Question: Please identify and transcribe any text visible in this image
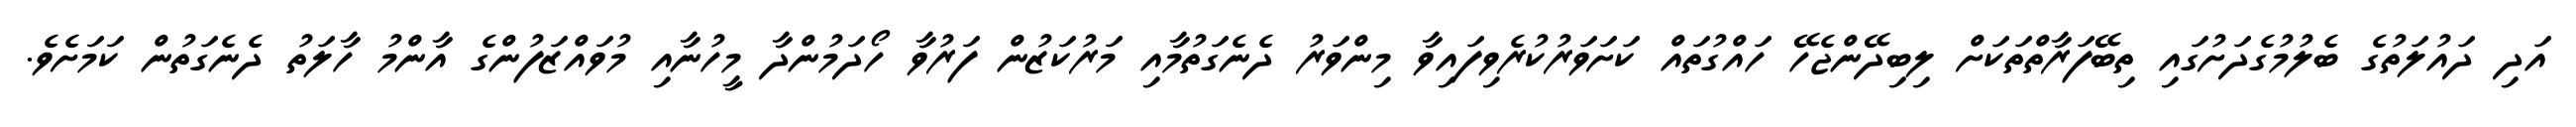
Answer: އަދި ދައުލަތުގެ ބެލުމުގެދަށުގައި ތިބޭފަރާތްތަކަށް ލިބިދޭންޖެހޭ ހައްގުތައް ކަށަވަރުކުރެވިފައިވާ މިންވަރު ދެނެގަތުމާއި މަރުކަޒުން ފަރުވާ ހޯދަމުންދާ މީހުނާއި މުވައްޒަފުންގެ އާންމު ހާލަތު ދެނެގަތުން ކަމަށެވެ.